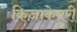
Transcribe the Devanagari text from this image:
किज़ाकेमुरी